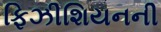
ફિઝીશિયનની